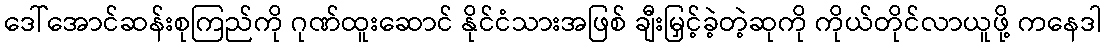
ဒေါ်အောင်ဆန်းစုကြည်ကို ဂုဏ်ထူးဆောင် နိုင်ငံသားအဖြစ် ချီးမြှင့်ခဲ့တဲ့ဆုကို ကိုယ်တိုင်လာယူဖို့ ကနေဒါ